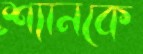
শ্যানকে